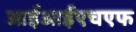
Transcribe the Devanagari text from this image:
आईआईएचएफ